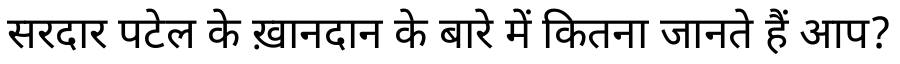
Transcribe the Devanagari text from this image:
सरदार पटेल के ख़ानदान के बारे में कितना जानते हैं आप?